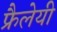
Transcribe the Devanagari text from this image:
फ्रैलेयी